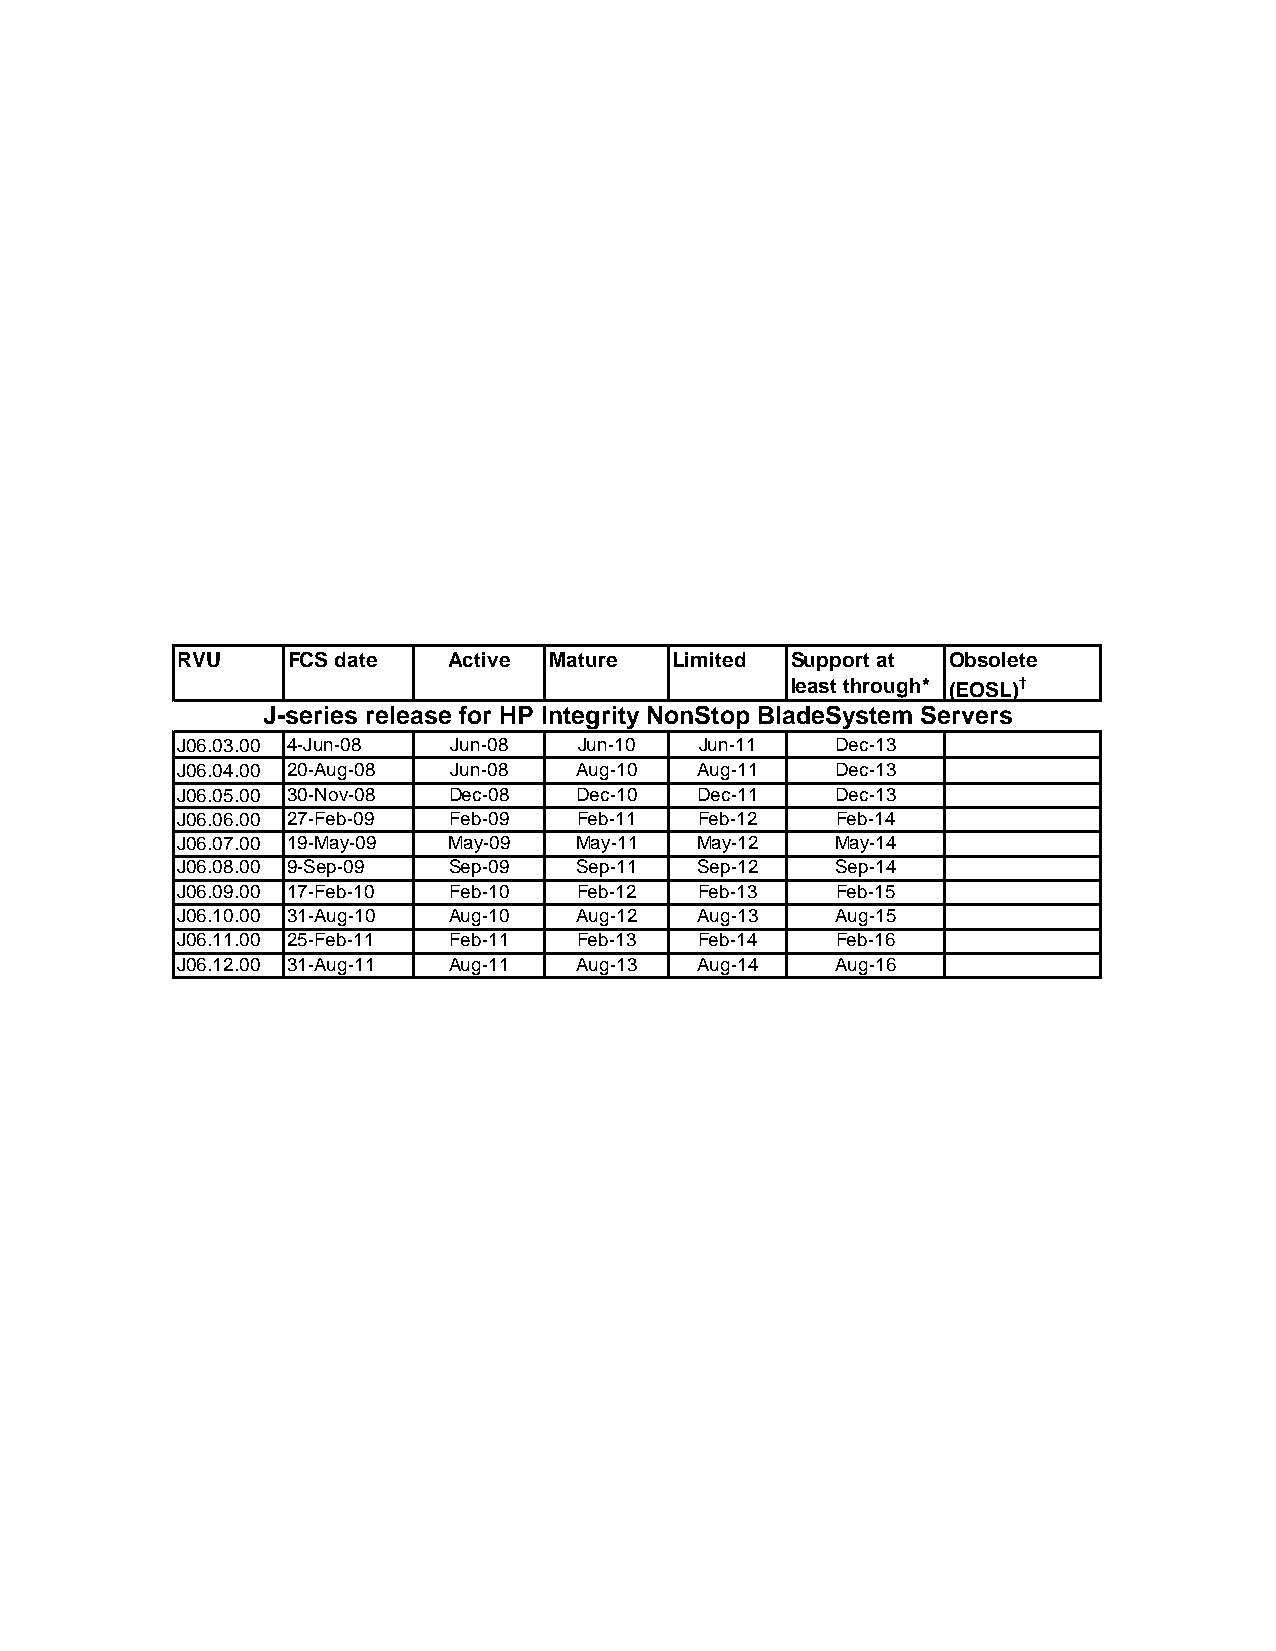
RVU    FCS date   Active Mature  Limited Support at Obsolete
 least through* (EOSL)†
 J-series release for HP Integrity NonStop BladeSystem Servers
 J06.03.00 4-Jun-08 Jun-08 Jun-10  Jun-11    Dec-13
 J06.04.00 20-Aug-08 Jun-08 Aug-10 Aug-11    Dec-13
 J06.05.00 30-Nov-08 Dec-08 Dec-10 Dec-11    Dec-13
 J06.06.00 27-Feb-09 Feb-09 Feb-11 Feb-12    Feb-14
 J06.07.00 19-May-09 May-09 May-11 May-12   May-14
 J06.08.00 9-Sep-09 Sep-09 Sep-11  Sep-12    Sep-14
 J06.09.00 17-Feb-10 Feb-10 Feb-12 Feb-13    Feb-15
 J06.10.00 31-Aug-10 Aug-10 Aug-12 Aug-13    Aug-15
 J06.11.00 25-Feb-11 Feb-11 Feb-13 Feb-14    Feb-16
 J06.12.00 31-Aug-11 Aug-11 Aug-13 Aug-14    Aug-16